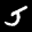
Label: 5